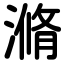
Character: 滫